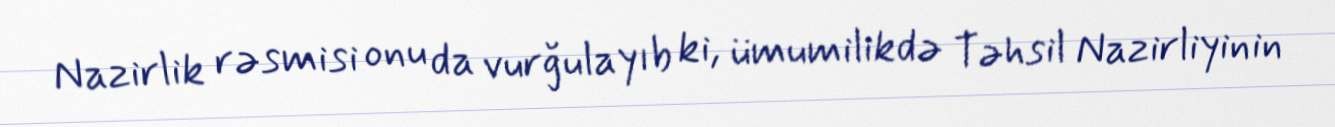
Nazirlik rəsmisi onu da vurğulayıb ki, ümumilikdə Təhsil Nazirliyinin